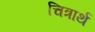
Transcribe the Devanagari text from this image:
चित्रार्थ